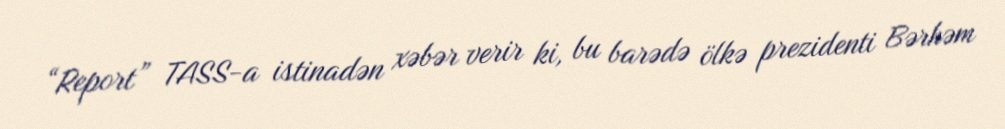
“Report” TASS-a istinadən xəbər verir ki, bu barədə ölkə prezidenti Bərhəm